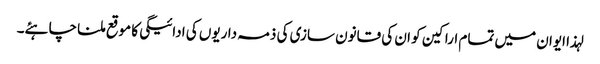
لہذا ایوان میں تمام اراکین کو ان کی قانون سازی کی ذمہ داریوں کی ادائیگی کا موقع ملنا چاہئے۔